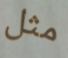
مثل